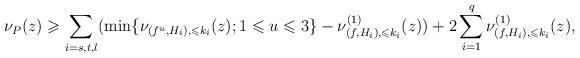
LaTeX: \begin{align*}\nu_P(z)\geqslant \sum_{i=s,t,l}(\min\{\nu_{(f^u,H_i),\leqslant k_i}(z);1\leqslant u\leqslant 3\}-\nu^{(1)}_{(f,H_i),\leqslant k_i}(z))+ 2\sum_{i=1}^q\nu^{(1)}_{(f,H_i),\leqslant k_i}(z),\end{align*}